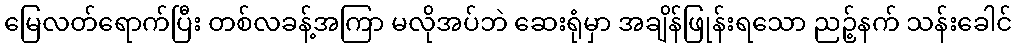
မြေလတ်ရောက်ပြီး တစ်လခန့်အကြာ မလိုအပ်ဘဲ ဆေးရုံမှာ အချိန်ဖြုန်းရသော ညဉ့်နက် သန်းခေါင်